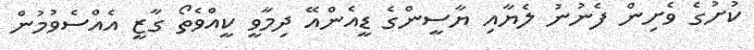
ކުށުގެ ވެށިން ފެނުނު ލެޔާއި ޔާސީންގެ ޑީއެންއޭ ދިމާވީ ކީއްވެތޯ ގާޒީ އެއްސެވުމުން